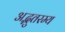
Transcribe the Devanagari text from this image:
अद्भुतरम्य